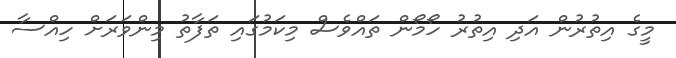
މީގެ އިތުރުން އަދި އިތުރު ހޯމޯން ތައްވެސް މިކަމުގައި ތަފާތު މިންވަރަށް ހިއްސާ